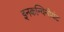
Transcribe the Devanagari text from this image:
इनकन्विनीयंट